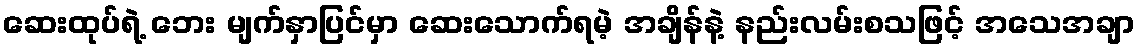
ဆေးထုပ်ရဲ့ ဘေး မျက်နှာပြင်မှာ ဆေးသောက်ရမဲ့ အချိန်နဲ့ နည်းလမ်းစသဖြင့် အသေအချာ